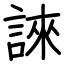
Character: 誺